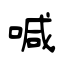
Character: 喊